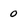
Character: 0